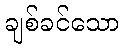
ချစ်ခင်သော